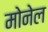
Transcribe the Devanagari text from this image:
मोनेल